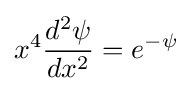
x^{4}{\frac {d^{2}\psi }{dx^{2}}}=e^{-\psi }